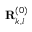
\mathbf { R } _ { k , l } ^ { ( 0 ) }